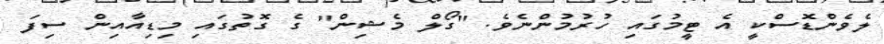
ލެވެންޑޮސްކީ އެ ޓީމުގައި ހުރުމުންނެވެ. "ގޯލް މެޝިން" ގެ ގޮތުގައި މިޑިއާއިން ސިފަ